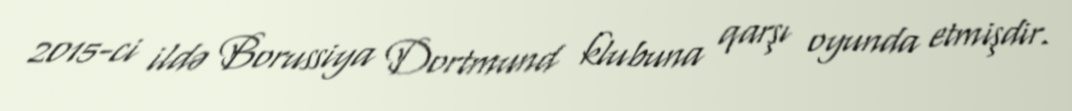
2015-ci ildə Borussiya Dortmund klubuna qarşı oyunda etmişdir.